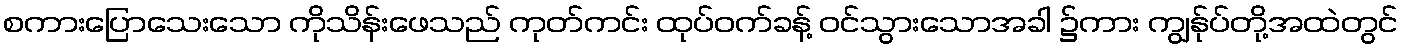
စကားပြောသေးသော ကိုသိန်းဖေသည် ကုတ်ကင်း ထုပ်ဝက်ခန့် ဝင်သွားသောအခါ ၌ကား ကျွန်ုပ်တို့အထဲတွင်